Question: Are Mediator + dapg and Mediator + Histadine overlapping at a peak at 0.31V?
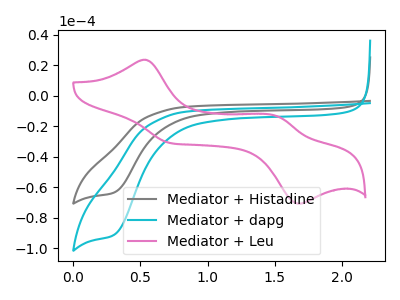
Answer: <think>The gray curve "Mediator + Histadine" has a cathodic peak at: (0.30V, -63.30uA). The cyan curve "Mediator + dapg" has a cathodic peak at: (0.30V, -90.95uA). The pink curve "Mediator + Leu" has anodic peaks at (0.55V, 23.60uA) (1.50V, -13.15uA) and cathodic peaks at (0.70V, -30.95uA) (1.70V, -70.75uA).</think>
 <answer>Yes, "Mediator + dapg" and "Mediator + Histadine" share a peak at 0.31V.</answer>
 <eval>match</eval>